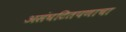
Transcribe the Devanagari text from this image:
असंघटितपणाचा